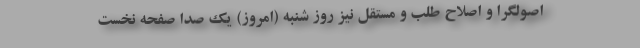
اصولگرا و اصلاح طلب و مستقل نیز روز شنبه (امروز) یک صدا صفحه نخست